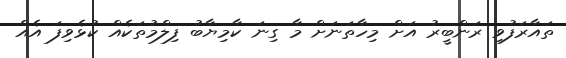
ތައާރަފުވި ރަންބީރު އަށް މިހާތަނަށް މާ ގިނަ ކާމިޔާބު ފިލްމުތަކެއް ކުޅެވިފަ އެއް